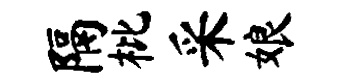
隔枇采娘